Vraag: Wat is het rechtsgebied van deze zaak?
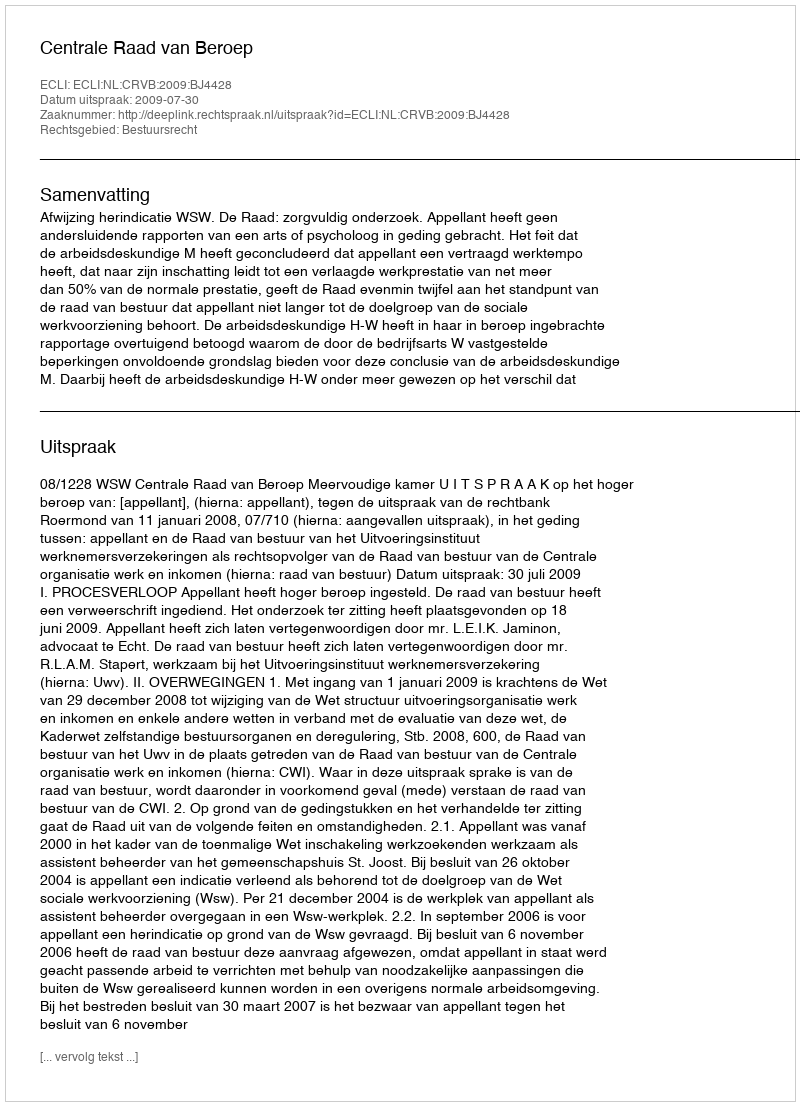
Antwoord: Bestuursrecht